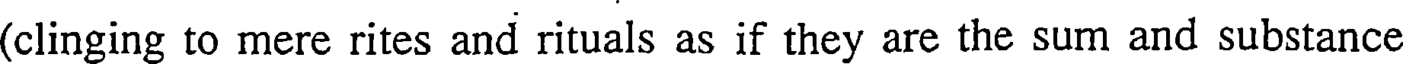
(clinging to mere rites and rituals as if they are the sum and substance